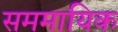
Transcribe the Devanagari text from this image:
सममायिक